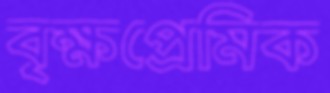
বৃক্ষপ্রেমিক